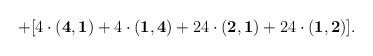
LaTeX: \begin{align*}+[4\cdot {\bf (4,1)} + 4\cdot {\bf (1,4)} + 24\cdot{\bf(2,1)} + 24 \cdot {\bf (1,2)}].\end{align*}